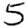
Digit: 5